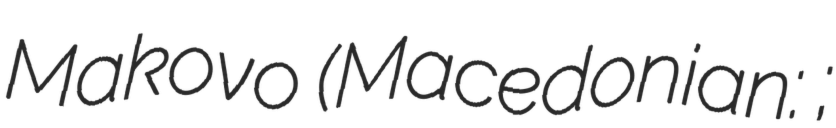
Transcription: Makovo (Macedonian: Маково;